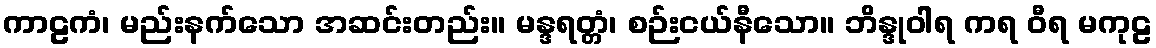
ကာဠကံ၊ မည်းနက်သော အဆင်းတည်း။ မန္ဒရတ္တံ၊ စဉ်းငယ်နီသော။ ဘိန္ဒုဝါရ ကရ ဝီရ မကုဠ